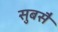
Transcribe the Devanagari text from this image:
सुबसै